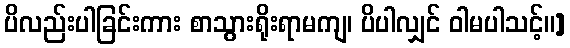
ပိလည်းပါခြင်းကား စာသွားရိုးရာမကျ၊ ပိပါလျှင် ဝါမပါသင့်။]